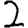
Digit: 2